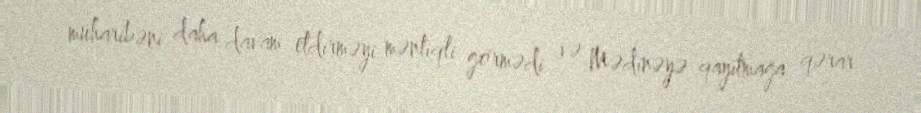
müharibəni daha davam etdirməyi məntiqli görmədi və Mədinəyə qayıtmağa qərar